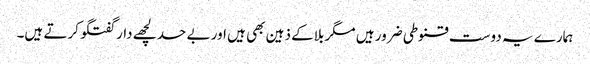
ہمارے یہ دوست قنوطی ضرور ہیں مگر بلاکے ذہین بھی ہیں اور بے حد لچھے دار گفتگو کرتے ہیں۔